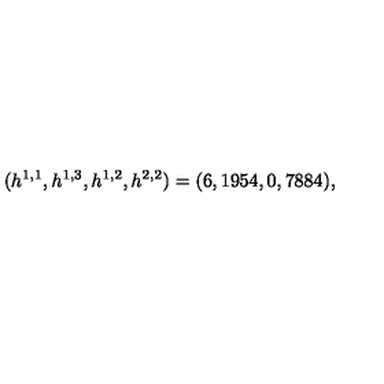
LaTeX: ( h ^ { 1 , 1 } , h ^ { 1 , 3 } , h ^ { 1 , 2 } , h ^ { 2 , 2 } ) = ( 6 , 1 9 5 4 , 0 , 7 8 8 4 ) , \quad